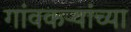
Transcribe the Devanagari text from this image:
गांवकऱ्यांच्या